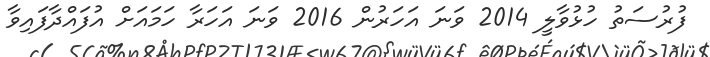
ފުރުސަތު ހުޅުވާލީ 2014 ވަނަ އަހަރުން 2016 ވަނަ އަހަރާ ހަމައަށް އުފައްދާފައިވާ